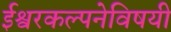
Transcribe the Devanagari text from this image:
ईश्वरकल्पनेविषयी